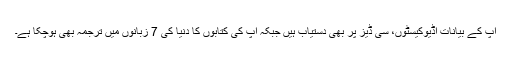
آپ کے بیانات آڈیوکیسٹوں، سی ڈیز پر بھی دستیاب ہیں جبکہ آپ کی کتابوں کا دنیا کی 7 زبانوں میں ترجمہ بھی ہوچکا ہے۔